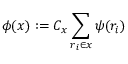
\phi ( x ) : = C _ { x } \sum _ { r _ { i } \in x } \psi ( r _ { i } )